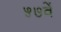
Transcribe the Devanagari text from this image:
५७वें